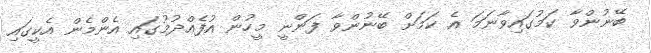
ބޭނުންވާ ކަމުގައިވާނަމަ އެ ކަމަށް ބޭނުންވާ ފަންނީ މީހުން އުފެއްދުމުގައި އެންމެން އެކީގައި